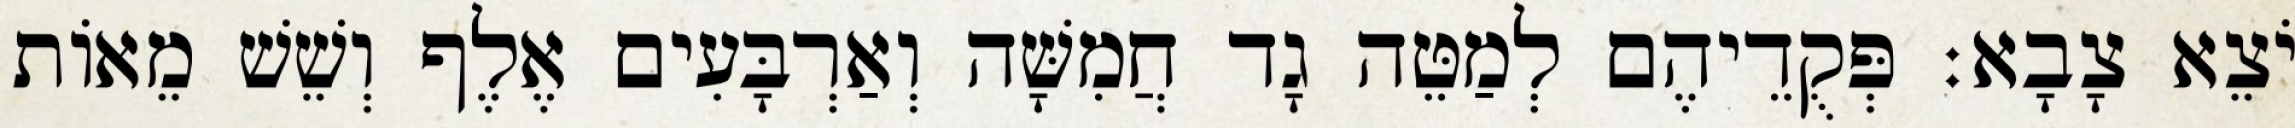
יֹצֵא צָבָא׃ פְּקֻדֵיהֶם לְמַטֵּה גָד חֲמִשָּׁה וְאַרְבָּעִים אֶלֶף וְשֵׁשׁ מֵאוֹת